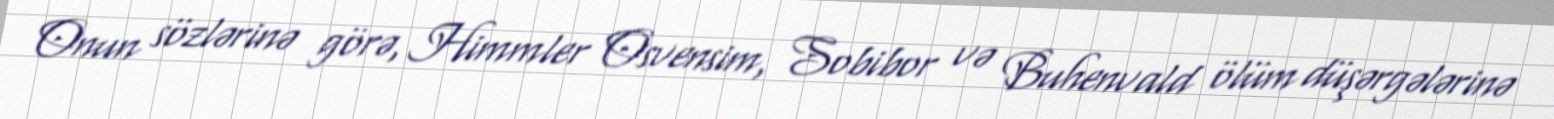
Onun sözlərinə görə, Himmler Osvensim, Sobibor və Buhenvald ölüm düşərgələrinə